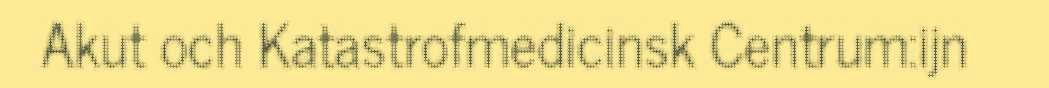
Akut och Katastrofmedicinsk Centrum:ijn